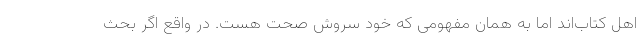
اهل کتاب‌اند اما به همان مفهومی که خود سروش صحت هست. در واقع اگر بحث